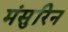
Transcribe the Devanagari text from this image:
मंसुरिन